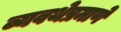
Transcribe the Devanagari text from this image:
व्यवथेप्रमाणे